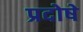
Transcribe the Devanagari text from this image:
प्रदोषे